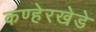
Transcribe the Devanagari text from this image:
कण्हेरखेडे